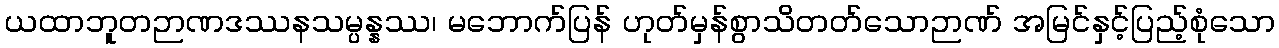
ယထာဘူတဉာဏဒဿနသမ္ပန္နဿ၊ မဘောက်ပြန် ဟုတ်မှန်စွာသိတတ်သောဉာဏ် အမြင်နှင့်ပြည့်စုံသော